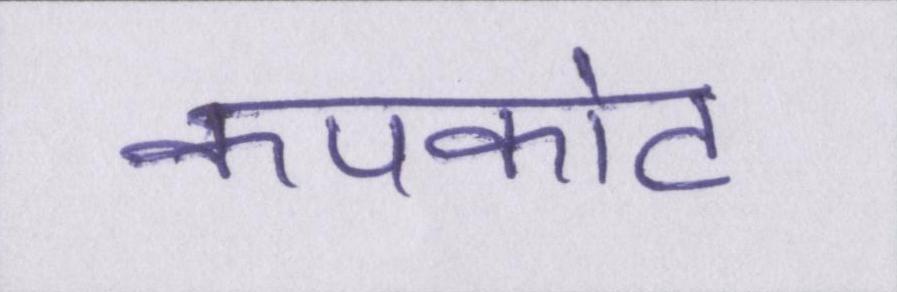
कपकोट